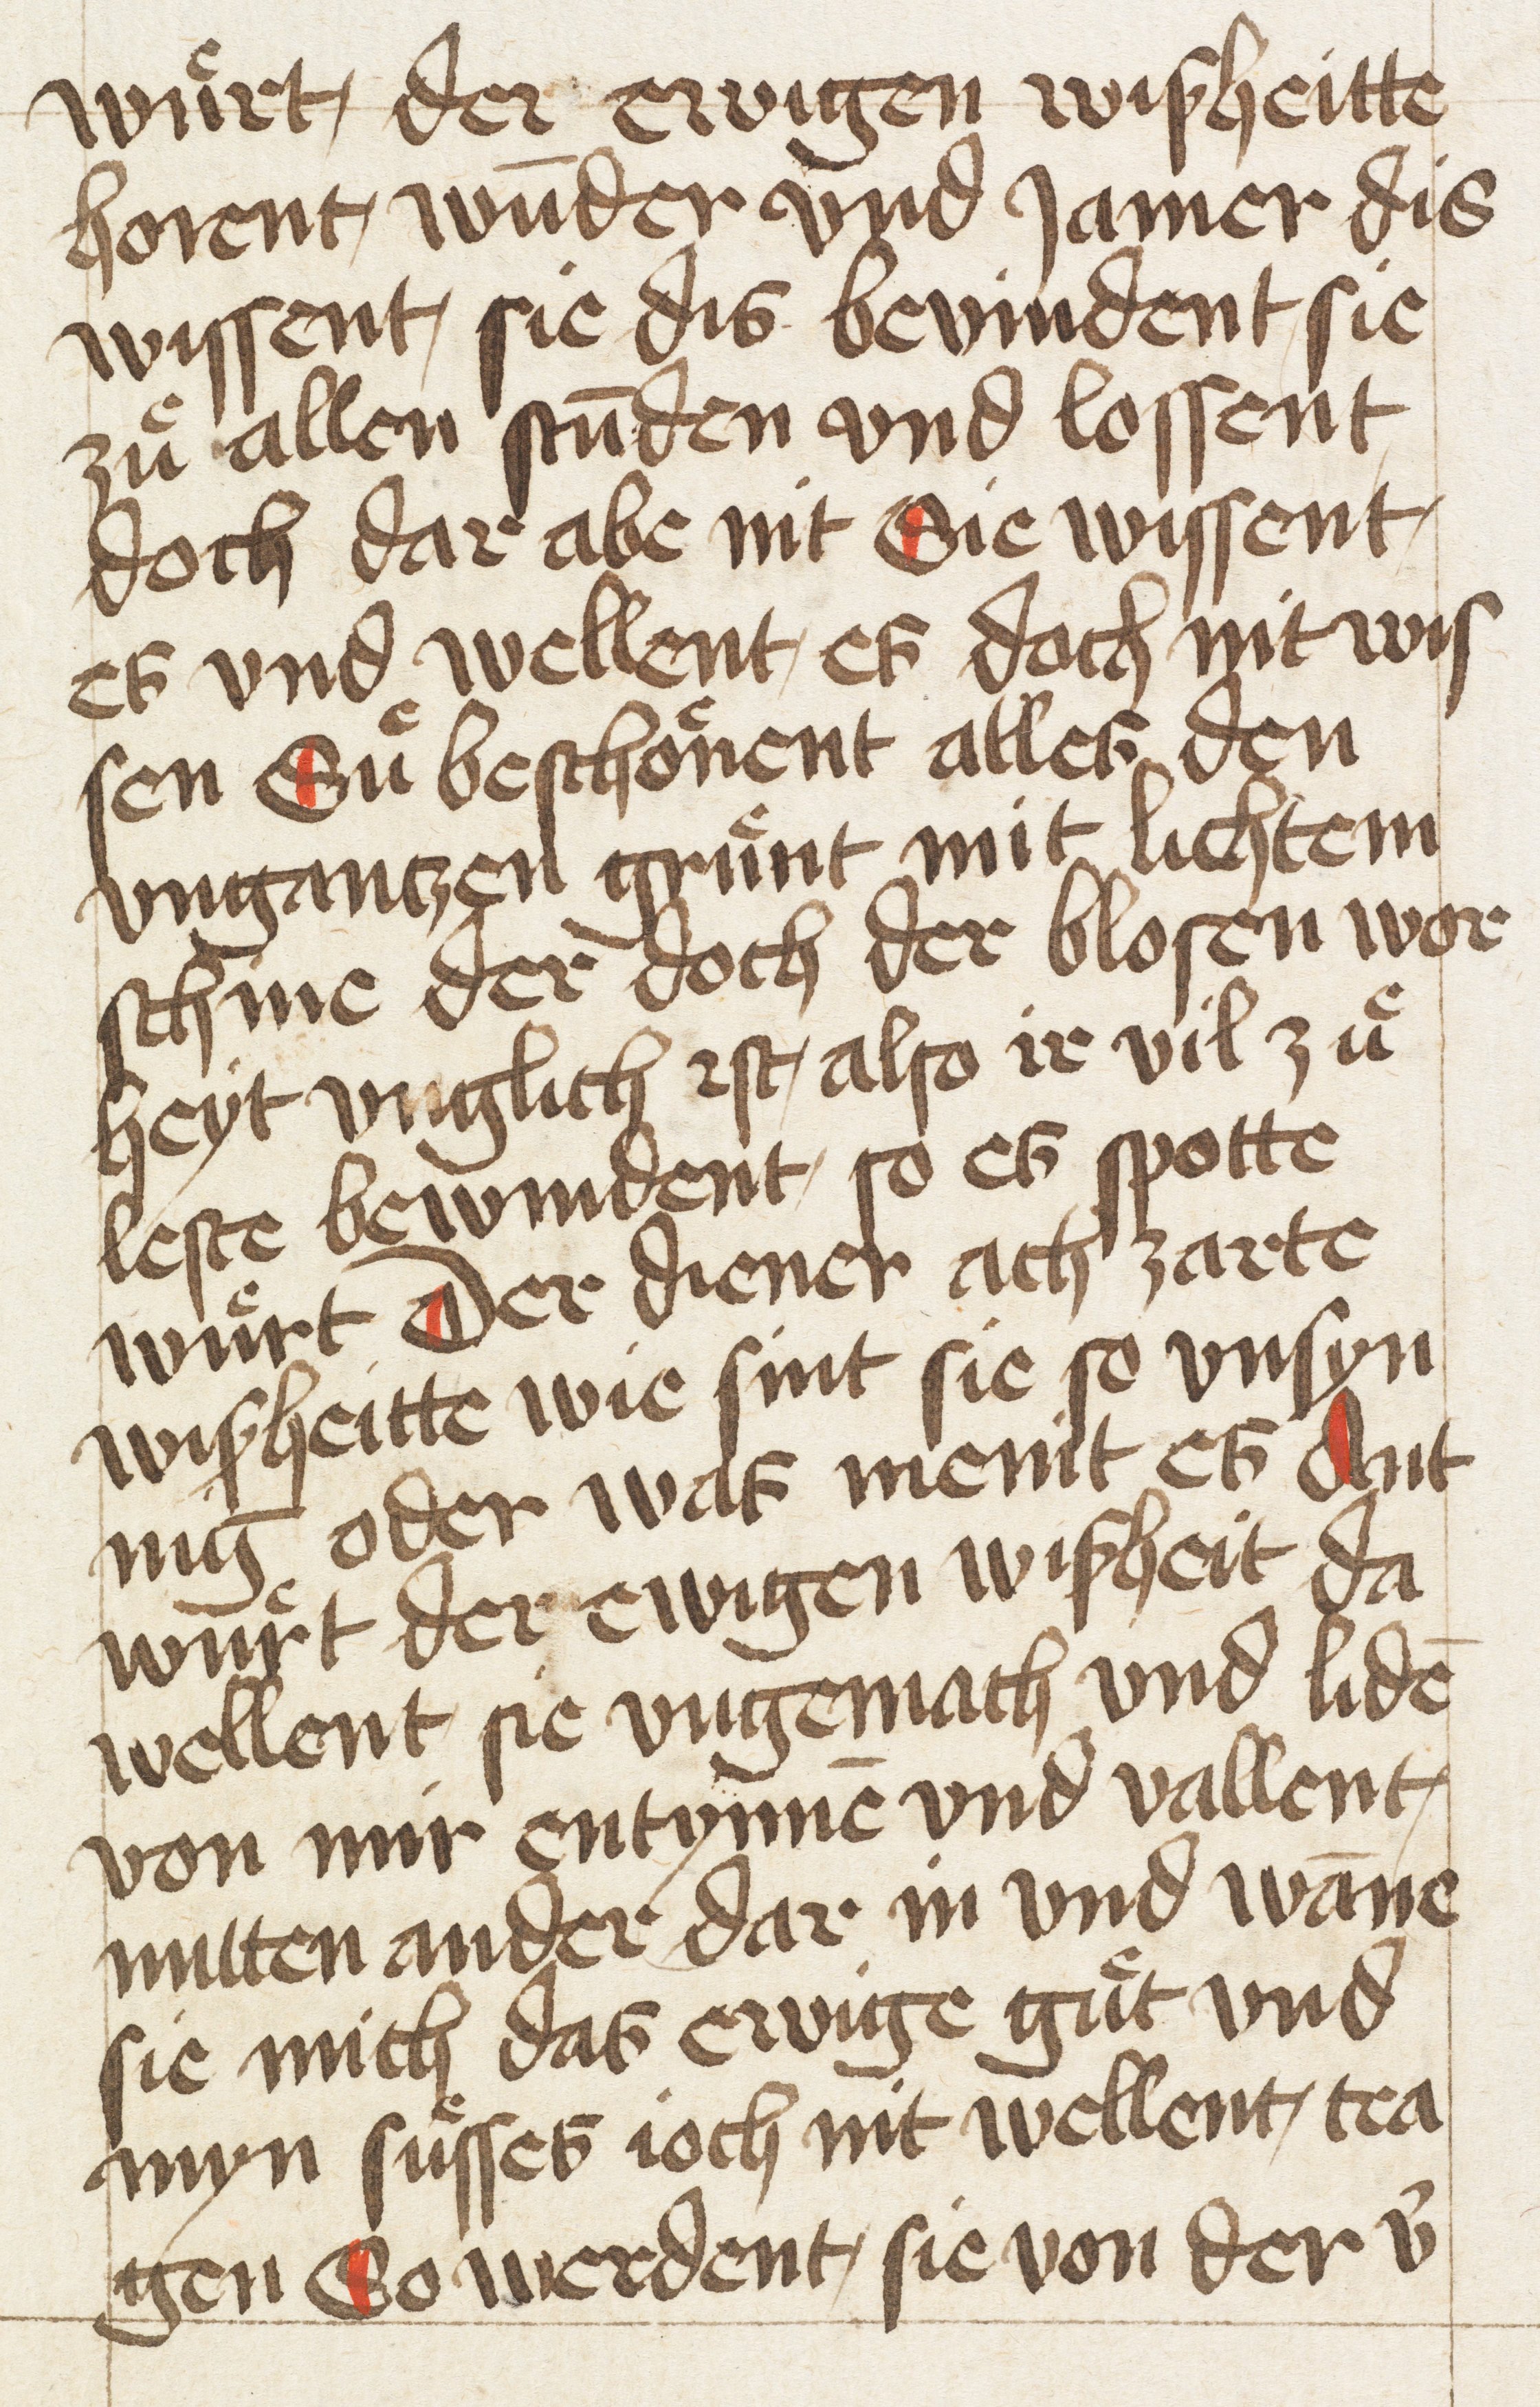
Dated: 1400–1499